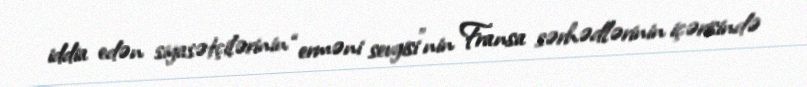
iddia edən siyasətçilərinin “erməni sevgisi”nin Fransa sərhədlərinin içərisində